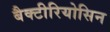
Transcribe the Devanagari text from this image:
बैक्टीरियोसिन